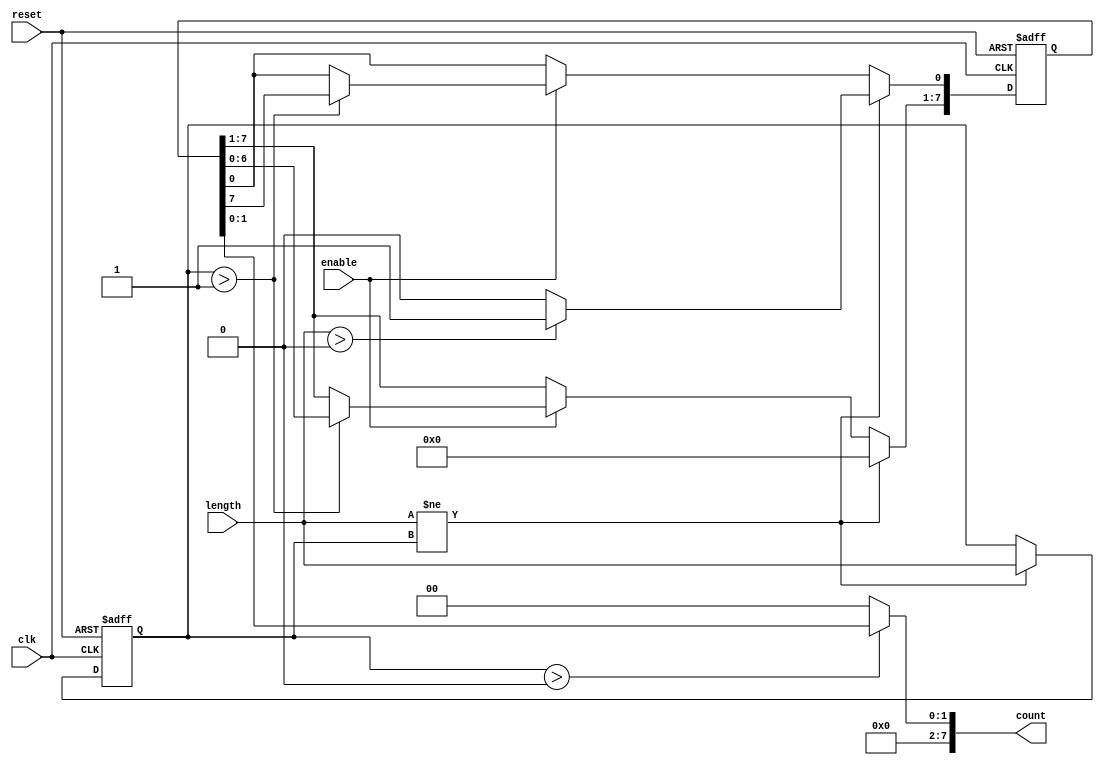
module variable_length_ring_counter #(
    parameter MAX_LENGTH = 8  // Maximum number of bits for the counter
)(
    input wire clk,            // Clock signal
    input wire reset,          // Asynchronous reset signal
    input wire [3:0] length,   // Input for the number of bits in the counter
    input wire enable,         // Control signal to start/stop the counter
    output reg [MAX_LENGTH-1:0] count // Output representing the current state
);

    reg [MAX_LENGTH-1:0] state;          // Register to hold the current state
    reg [3:0] current_length;             // Register to hold the currently set length

    // Asynchronous reset and length management
    always @(posedge clk or posedge reset) begin
        if (reset) begin
            // Initialize state based on the current length
            state <= 0;
            state[0] <= 1; // Set LSB to '1'
            current_length <= 0;
        end else if (length != current_length) begin
            // Update the current length and reinitialize state
            current_length <= length;
            state <= 0;
            if (length > 0) begin
                state[0] <= 1; // Set LSB to '1'
            end
        end else if (enable) begin
            // State transition logic
            if (current_length > 1) begin
                state <= {state[MAX_LENGTH-2:0], state[MAX_LENGTH-1]}; // Shift left and wrap around
            end
        end
    end

    // Output logic: Reflect the current state based on the specified length
    always @(*) begin
        if (current_length > 0) begin
            count = state[current_length-1:0]; // Output only the relevant bits
        end else begin
            count = 0; // If length is 0, output should be 0
        end
    end

endmodule